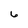
Character: 6